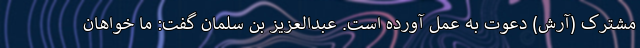
مشترک (آرش) دعوت به عمل آورده است. عبدالعزیز بن سلمان گفت: ما خواهان